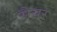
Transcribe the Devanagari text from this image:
सैयर